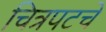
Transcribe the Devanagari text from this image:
चित्रपटचे